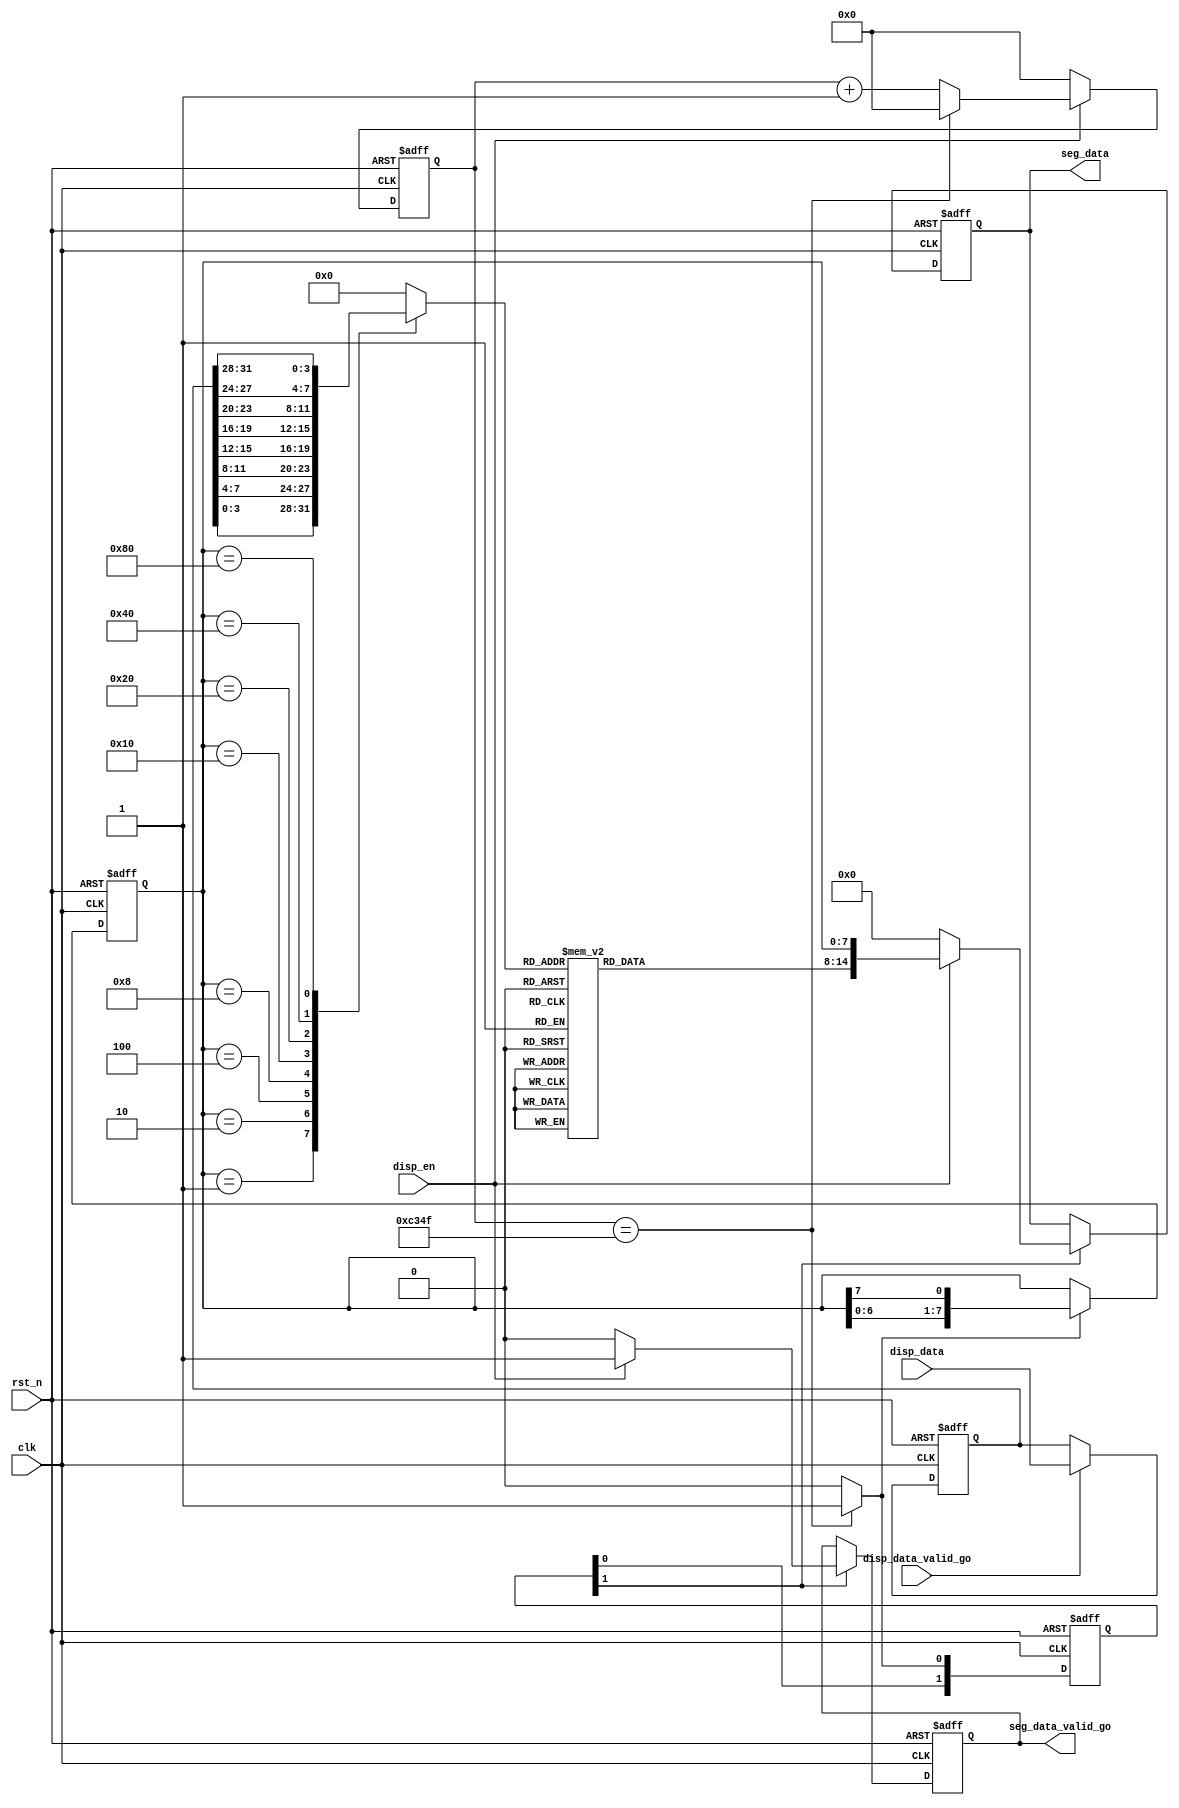
module seg_disp(
	clk,
	rst_n,
	disp_en,
	disp_data,
	disp_data_valid_go,
	seg_data,
	seg_data_valid_go
);
	input clk;
	input rst_n;
	input disp_en;
	input [31:0] disp_data;
	input disp_data_valid_go;
	output reg [14:0] seg_data;
	output reg seg_data_valid_go;
	
	
	reg [31:0] r_disp_data;
	always@(posedge clk or negedge rst_n) begin
		if(!rst_n)
			r_disp_data <= 'd0;
		else if(disp_data_valid_go == 1'b1) 
			r_disp_data <= disp_data;
		else
			r_disp_data <= r_disp_data;
	end
	
	
	
	//segment refresh frequency: 1KHz
	localparam REFRESH_CNT_MAX = 50_000_000 / 1000;
	
	reg [$clog2(REFRESH_CNT_MAX)-1:0] r_refresh_cnt;
	always@(posedge clk or negedge rst_n) begin
		if(!rst_n)
			r_refresh_cnt <= 'd0;
		else if(disp_en == 1'b1) 
			if(r_refresh_cnt == REFRESH_CNT_MAX - 1)
				r_refresh_cnt <= 'd0;
			else
				r_refresh_cnt <= r_refresh_cnt + 1'd1;
		else
			r_refresh_cnt <= 'd0;
	end
	wire w_refresh_pluse;
	assign w_refresh_pluse = (r_refresh_cnt == REFRESH_CNT_MAX - 1) ? 1'b1:1'b0;
	
	reg [7:0] r_seg_sel;
	always@(posedge clk or negedge rst_n) begin
		if(!rst_n)
			r_seg_sel <= 8'b0000_0001;
		else if(w_refresh_pluse == 1'b1)
			r_seg_sel <= {r_seg_sel[6:0],r_seg_sel[7]};
		else
			r_seg_sel <= r_seg_sel;
	end
	
	
	reg [3:0] r_seg_disp;
	always@(*) begin
		case(r_seg_sel)
		8'b0000_0001 : r_seg_disp = r_disp_data[3:0];
		8'b0000_0010 : r_seg_disp = r_disp_data[7:4];
		8'b0000_0100 : r_seg_disp = r_disp_data[11:8];
		8'b0000_1000 : r_seg_disp = r_disp_data[15:12];
		8'b0001_0000 : r_seg_disp = r_disp_data[19:16];
		8'b0010_0000 : r_seg_disp = r_disp_data[23:20];
		8'b0100_0000 : r_seg_disp = r_disp_data[27:24];
		8'b1000_0000 : r_seg_disp = r_disp_data[31:28];		
		default:r_seg_disp = 4'b0000;
		endcase
	end
	
	reg [6:0] r_seg_code;
	always@(*) begin
		case(r_seg_disp)
			4'h0: r_seg_code = 7'b1000000;
			4'h1: r_seg_code = 7'b1111001;
			4'h2: r_seg_code = 7'b0100100;
			4'h3: r_seg_code = 7'b0110000;
			4'h4: r_seg_code = 7'b0011001;
			4'h5: r_seg_code = 7'b0010010;
			4'h6: r_seg_code = 7'b0000010;
			4'h7: r_seg_code = 7'b1111000;
			4'h8: r_seg_code = 7'b0000000;
			4'h9: r_seg_code = 7'b0010000;
			4'ha: r_seg_code = 7'b0001000;
			4'hb: r_seg_code = 7'b0000011;
			4'hc: r_seg_code = 7'b1000110;
			4'hd: r_seg_code = 7'b0100001;
			4'he: r_seg_code = 7'b0000110;
			4'hf: r_seg_code = 7'b0001110;
			default:;
		endcase
	end
	
	
	
	reg [1:0] r_refresh_pluse_sync;
	always@(posedge clk or negedge rst_n) begin
		if(!rst_n)
			r_refresh_pluse_sync <= 'd0;
		else 
			r_refresh_pluse_sync <= {r_refresh_pluse_sync[0],w_refresh_pluse};
	end
	
	
	always@(posedge clk or negedge rst_n) begin
		if(!rst_n) begin
			seg_data <= 'd0;
			seg_data_valid_go <= 1'd0;
		end
		else if(r_refresh_pluse_sync[1] == 1'b1) begin
			seg_data <= disp_en ? {r_seg_code,r_seg_sel} : 15'd0;
			seg_data_valid_go <= disp_en ? 1'b1 : 1'b0;
		end	
		else begin
			seg_data <= seg_data;
			seg_data_valid_go <= seg_data_valid_go;
		end
	end

	
endmodule